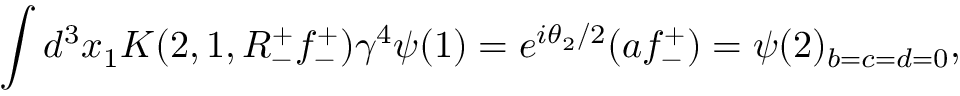
\int d ^ { 3 } x _ { 1 } K ( 2 , 1 , R _ { - } ^ { + } f _ { - } ^ { + } ) \gamma ^ { 4 } \psi ( 1 ) = e ^ { i \theta _ { 2 } / 2 } ( a f _ { - } ^ { + } ) = \psi ( 2 ) _ { b = c = d = 0 } ,